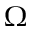
\Omega